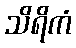
သိရိကံ